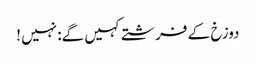
دوزخ کے فرشتے کہیں گے: نہیں !